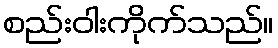
စည်းဝါးကိုက်သည်။